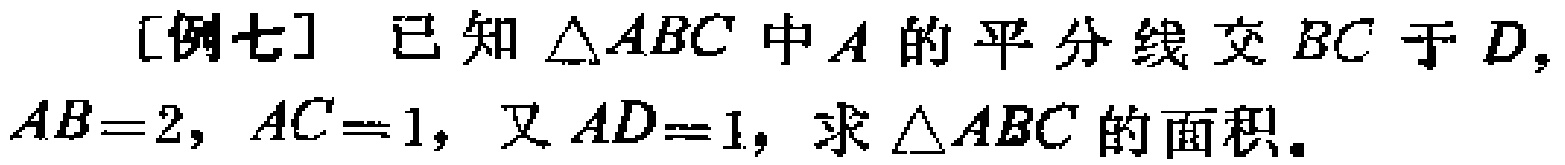
[例七] 已知\(\triangle ABC\)中\(A\)的平分线交\(BC\)于\(D\)，\(AB = 2\)，\(AC = 1\)，又\(AD = 1\)，求\(\triangle ABC\)的面积。